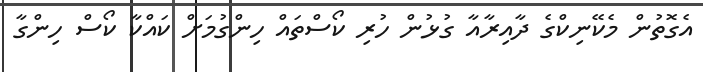
އެގޮތުން މެކޭނިކްގެ ދާއިރާއާ ގުޅުން ހުރި ކޯސްތައް ހިންގުމަށް ކައްކާ ކޯސް ހިންގާ